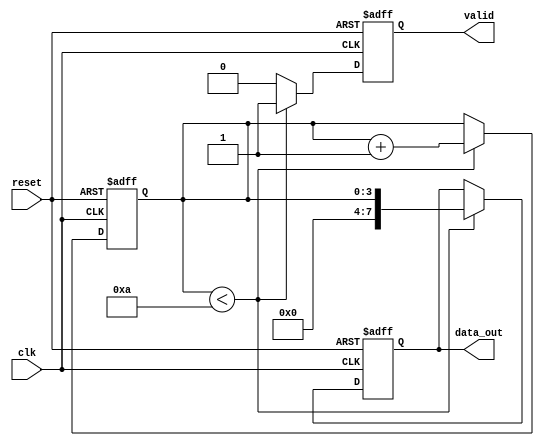
module producer (
    input wire clk,
    input wire reset,
    output reg [7:0] data_out,
    output reg valid
);
    // Internal state
    reg [3:0] count;

    always @(posedge clk or posedge reset) begin
        if (reset) begin
            count <= 0;
            valid <= 0;
            data_out <= 0;
        end else begin
            // Generate data and assert valid signal
            if (count < 10) begin // Example: produce 10 data items
                data_out <= count; // Example data generation
                valid <= 1; // Assert valid
                count <= count + 1;
            end else begin
                valid <= 0; // Deassert valid when done
            end
        end
    end
endmodule